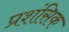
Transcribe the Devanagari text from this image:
प्रशंसिक